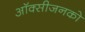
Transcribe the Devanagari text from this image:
ऑक्सीजनको